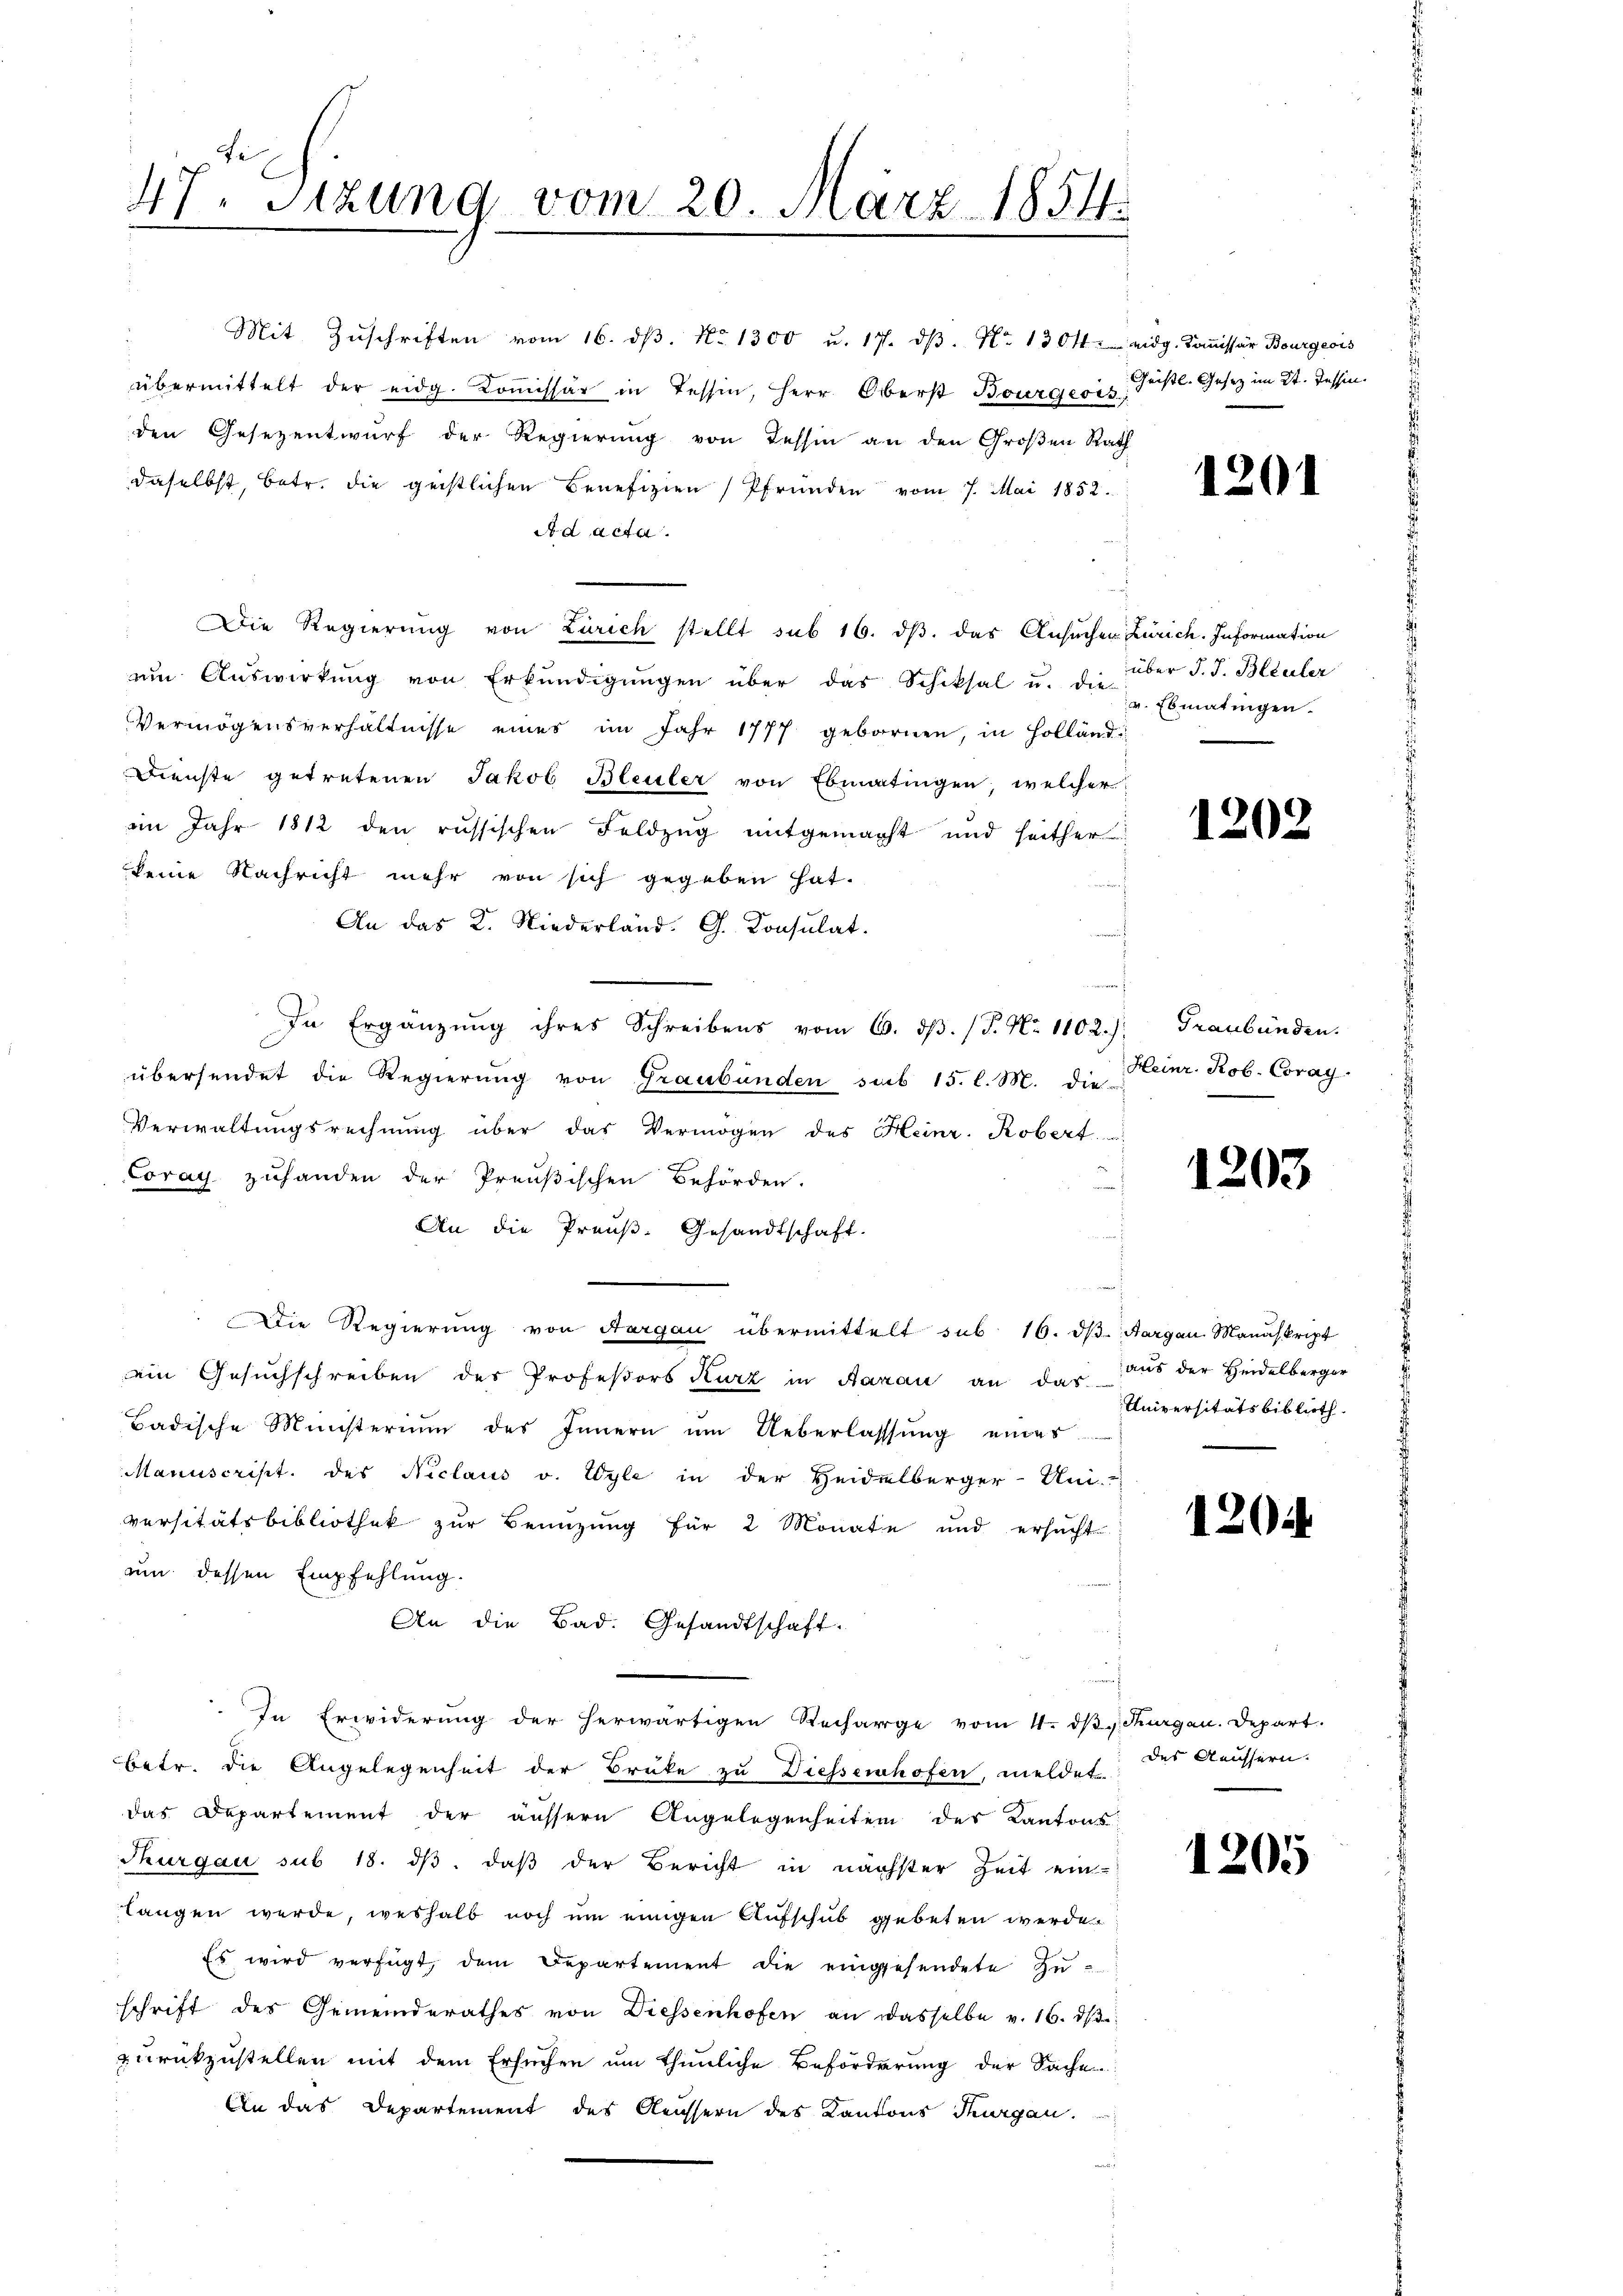
47. Sizung vom 20. März 1854.
1

Mit Zŭschriften vom 16. dβ. No 1300 u. 17. dβ. No 1304. eidg. Kommissär Bourgeois
übermittelt der eidg. Koṁissär in Tessin, Herr Oberst Bourgeois Justl. Gesetz im St. Tessin.
den Gesezentwurf der Regierung von Tessin an den Großen Rath
daselbst, betr. die geistlichen Benefizien Pfründen vom 7. Mai 1852.
A d acta.
Die Regierung von Zürich stellt sub 16. dβ das Ansuchen Zürich. Information
ŭm Aŭswirkŭng von Erkŭndigŭngen über das Schiksal u. die über J. J. Bleuler
Vermögensverhältnisse eines im Jahr 1777 gebornen, in Holländi
Dienste getretenen Jakob Bleuler von Ebmatingen, welcher
im Jahr 1812 den russischen Feldzug mitgemacht und seither
keine Nachricht mehr von sich gegeben hat.
An das K. Niederland. G. Konsulat.
In Ergänzung ihres Schreibens vom 6. dβ. (T. No 1102.) Graubünden.
übersendet die Regierŭng von Graubünden sub 15. l. M. die Heinr. Rob. Coray.
Verwaltungsrechnŭng über das Vermögen des Heinr. Robert.
Coray zuhanden der Preußischen Behörden.
An die Preuß. Gesandtschaft.

Die Regierung von Aargau übermittelt sub 16. dβ. Aargau Manuskript
ein Gesuchschreiben des Professors Kurz in Aarau an daraus der Heidelberger
Badische Ministerium des Innern ŭm Ueberlassŭng eines
Manuscrist. des Niclaus v. Wyle in der Heidelberger-Am
versitätsbibliothek zur Benuzung für 2 Monate und ersucht
um dessen Empfehlung.
An die Bad. Gesandtschaft.
In Erwiderung der herwärtigen Recharge vom 4. ds Thurgau. Depart.
betr. die Angelegenheit der Brüke zu Diessenhofen, meldet der Aeussern.
das Departement der äussern Angelegenheiten der Kantons
Thurgau sub 18. ds, daß der Bericht in nächster Zeit ein-
langen werde, weshalb noch um einigen Aufschub gebeten werde
Es wird verfügt, dem Departement die eingesendete Zu-
schrift des Gemeinderathes von Diessenhofen an dasselbe v. 16. dβ
zurückzustellen mit dem Ersuchen um thunliche Beförderung der Sache
An das Departement des Aeussern des Kantons Thurgau.

1201

v Ebmatingen.

1202

1203

Universitätsbiblioth

1204

1205